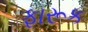
ફારૂક